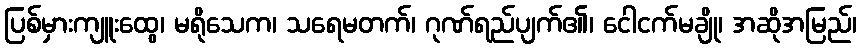
ပြစ်မှားကျူးထွေ၊ မရိုသေက၊ သရေမတက်၊ ဂုဏ်ရည်ပျက်၏၊ ငေါငက်မချို၊ အဆိုအမြည်၊